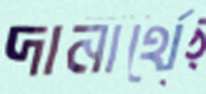
দানার্থে